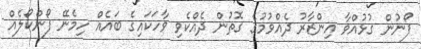
ފޯނުން ގުޅުއްވާ އިންޒާރު ދެއްވުމުގެ ގޮތުން ދެއްކެވި ވާހަކައިގެ ބައެއް ހިމެނޭ ފޯންކޯލެއް